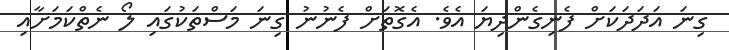
ގިނަ އަދަދަކަށް ފެނިގެންދިޔަ އެވެ. އެގޮތަށް ފެނުނު ގިނަ މަސްތަކުގައި ލޯ ނެތްކަމަށާއި